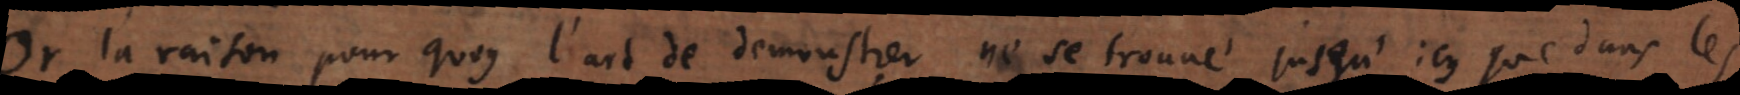
Or la raison pour quoy l’art de demonstrer ne se trouve jusqu’icy que dans les